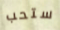
ستحب